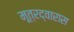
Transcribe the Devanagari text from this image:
मूत्रद्वारास